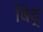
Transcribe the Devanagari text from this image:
बिद्